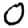
Digit: 0